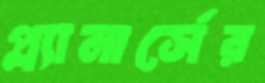
প্ল্যানার্সের